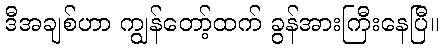
ဒီအချစ်ဟာ ကျွန်တော့်ထက် ခွန်အားကြီးနေပြီ။